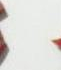
: